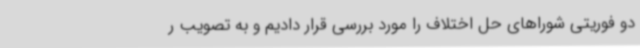
دو فوریتی شوراهای حل اختلاف را مورد بررسی قرار دادیم و به تصویب ر